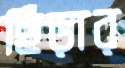
ছিঁড়ার